Indian journal of veterinary science and animal husbandry - Volume 12,
Year: 1942
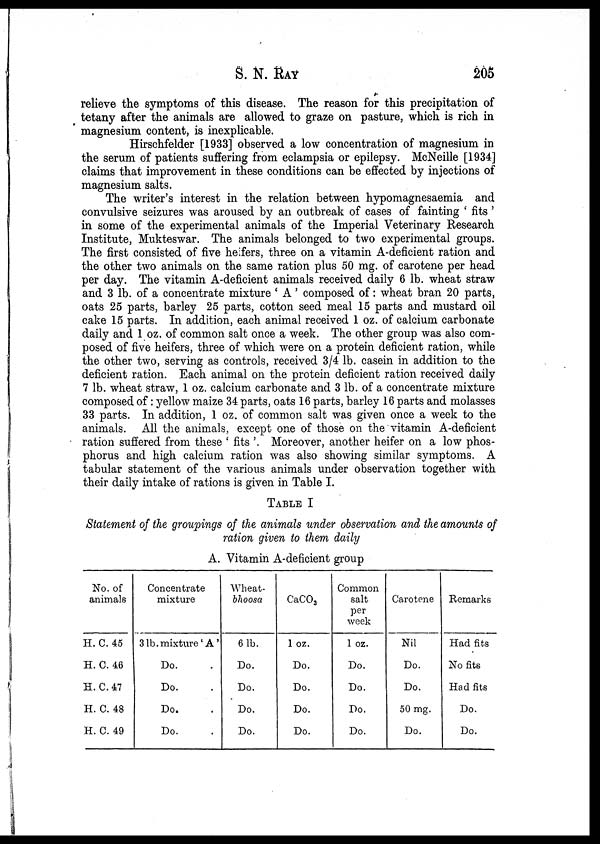
S. N. RAY 205
relieve the symptoms of this disease. The reason for this precipitation of
tetany after the animals are allowed to graze on pasture, which is rich in
magnesium content, is inexplicable.
Hirschfelder [1933] observed a low concentration of magnesium in
the serum of patients suffering from eclampsia or epilepsy. McNeille [1934]
claims that improvement in these conditions can be effected by injections of
magnesium salts.
The writer's interest in the relation between hypomagnesaemia and
convulsive seizures was aroused by an outbreak of cases of fainting ' fits'
in some of the experimental animals of the Imperial Veterinary Research
Institute, Mukteswar. The animals belonged to two experimental groups.
The first consisted of five heifers, three on a vitamin A-deficient ration and
the other two animals on the same ration plus 50 mg. of carotene per head
per day. The vitamin A-deficient animals received daily 6 lb. wheat straw
and 3 lb. of a concentrate mixture ' A' composed of: wheat bran 20 parts,
oats 25 parts, barley 25 parts, cotton seed meal 15 parts and mustard oil
cake 15 parts. In addition, each animal received 1 oz. of calcium carbonate
daily and 1 oz. of common salt once a week. The other group was also com-
posed of five heifers, three of which were on a protein deficient ration, while
the other two, serving as controls, received 3/4 lb. casein in addition to the
deficient ration. Each animal on the protein deficient ration received daily
7 lb. wheat straw, 1 oz. calcium carbonate and 3 lb. of a concentrate mixture
composed of: yellow maize 34 parts, oats 16 parts, barley 16 parts and molasses
33 parts. In addition, 1 oz. of common salt was given once a week to the
animals. All the animals, except one of those on the vitamin A-deficient
ration suffered from these ' fits '. Moreover, another heifer on a low phos-
phorus and high calcium ration was also showing similar symptoms. A
tabular statement of the various animals under observation together with
their daily intake of rations is given in Table I.
TABLE I
Statement of the groupings of the animals under observation and the amounts of
ration given to them daily
A. Vitamin A-deficient group
No. of
animals
H. C. 45
H. C. 46
H. C. 47
H. C. 48
H. C. 49
Concentrate
mixture
3 lb. mixture'A'
Do. .
Do. .
Do. .
Do. .
Wheat-
bhoosa
6 lb.
Do.
Do.
Do.
Do.
CaCO 3
1 oz.
Do.
Do.
Do.
Do.
Common
salt
per
week
1 oz.
Do.
Do.
Do.
Do.
Carotene
Nil
Do.
Do.
50 mg.
Do.
Remarks
Had fits
No fits
Had fits
Do.
Do.